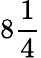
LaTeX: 8{\frac{1}{4}}